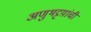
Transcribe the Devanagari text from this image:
अणुभट्टय़ांची